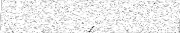
١٥١